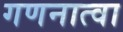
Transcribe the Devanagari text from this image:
गणनात्वा